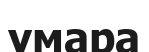
умара